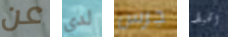
عن لدي جرس الخيط